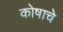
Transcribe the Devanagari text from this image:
कोषाचे